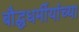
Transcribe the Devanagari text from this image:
बौद्धधर्मीयांच्या